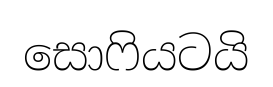
සොෆියටයි